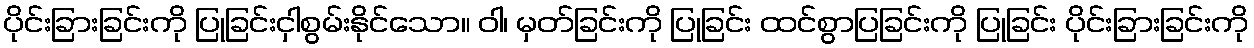
ပိုင်းခြားခြင်းကို ပြုခြင်းငှါစွမ်းနိုင်သော။ ဝါ၊ မှတ်ခြင်းကို ပြုခြင်း ထင်စွာပြခြင်းကို ပြုခြင်း ပိုင်းခြားခြင်းကို